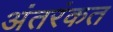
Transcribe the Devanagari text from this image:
अंतरंकत